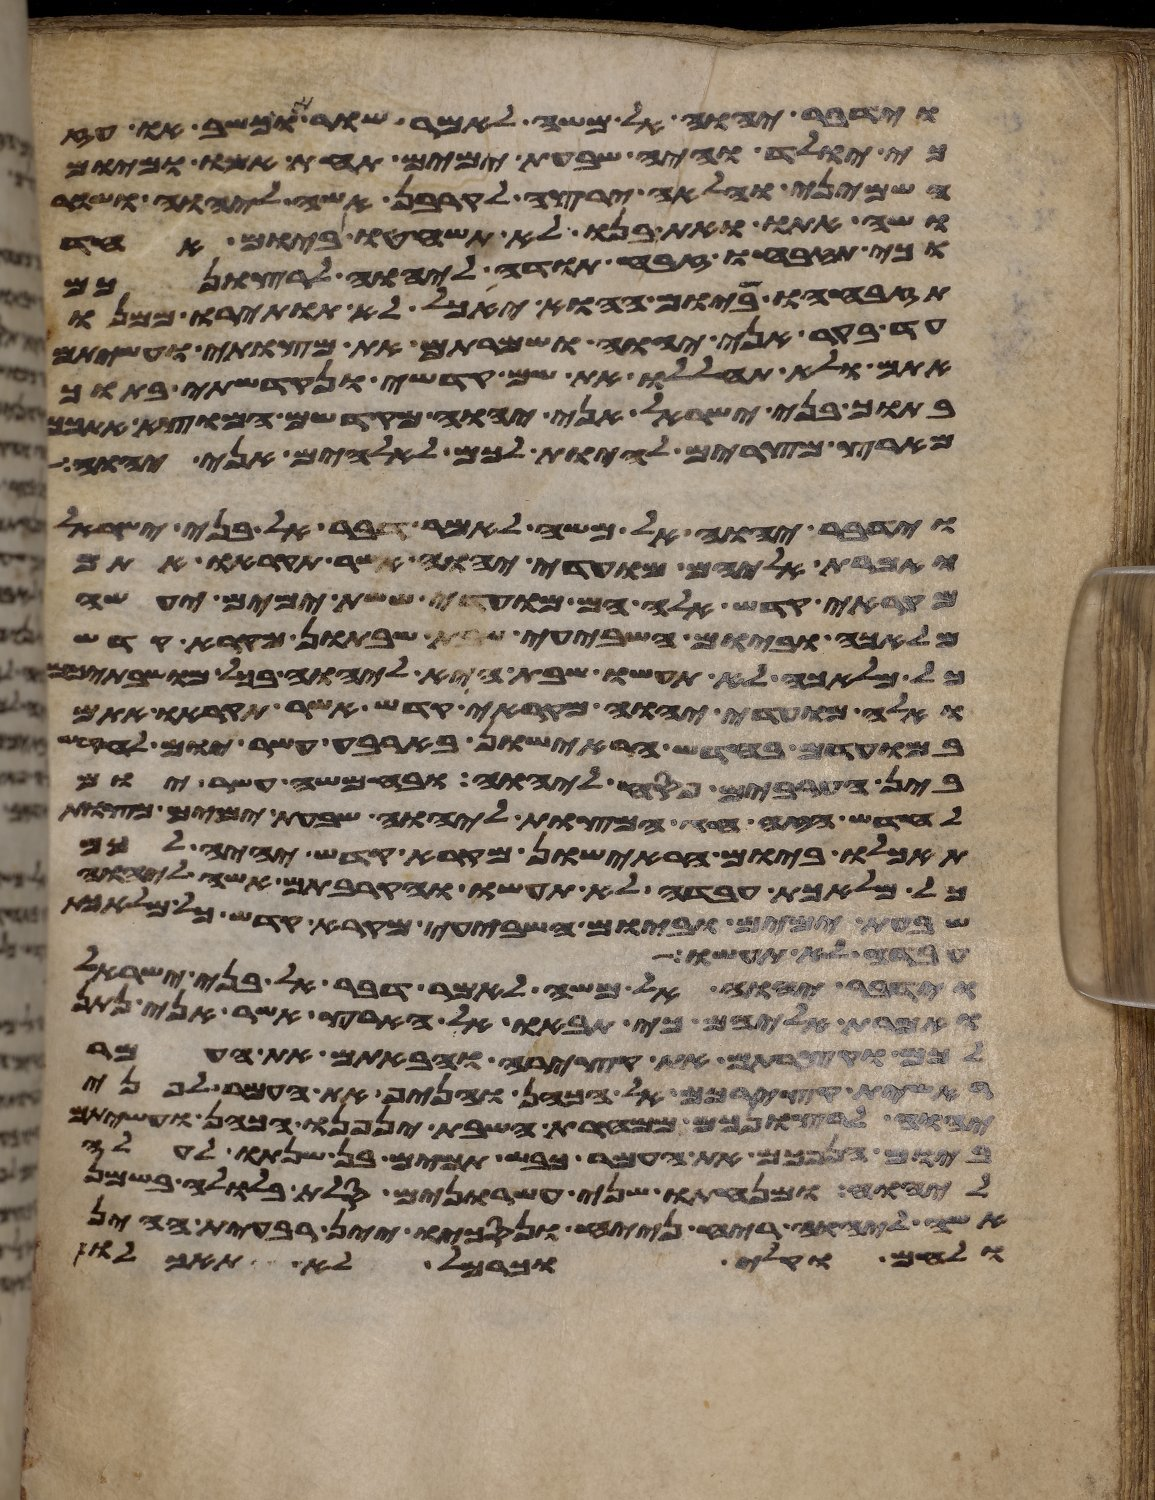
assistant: וידבר יהוה אל משה לאמר שור או כשב או עז
כי יולד והיה שבעת ימים תחת אמו ומיום
השמיני והלאה ירצה לקרבן אשה ליהוה ושור
ושה אתו ואת בנו לא תשחטו ביום אחד
וכי תזבחו זבח תודה ליהוה לרצונכם
תזבחהו ביום ההוא יאכל לא תותירו ממנו
עד בקר אני יהוה ושמרתם את מצותי ועשיתם
אתם ולא תחללו את שם קדשי ונקדשתי בתוך
בתוך בני ישראל אני יהוה מקדשם המוצא אתכם
מארץ מצרים להיות לכם לאלהים אני יהוה
וידבר יהוה אל משה לאמר דבר אל בני ישראל
ואמרת אליהם מועדי יהוה אשר תקראו אתם
מקראי קדש אלה הם מועדי ששת ימים יעשה
מלאכה וביום השביעי שבת שבתון מקרא קדש
ואלה מועדי יהוה מקראי קדש אשר תקראו אתם
במועדם בחדש הראישון בארבעה עשר יום לחדש
בין הערבים פסח ליהוה ובחמשה עשר יום
לחדש הזה חג המצות ליהוה שבעת ימים מצות
תאכלו ביום הראישון מקרא קדש יהיה לכם
כל מלאכת עבדה לא תעשו והקרבתם אשה ליהוה
שבעת ימים וביום השביעי מקרא קדש כל מלאכת
עבדה לא תעשו
וידבר יהוה אל משה לאמר דבר אל בני ישראל
ואמרת אליהם כי תבאו אל הארץ אשר אני נתן
לכם וקצרתם את קצירה והבאתם את העמר
ראשית קצירכם אל הכהן והניף את העמר לפני
יהוה לרצונכם ממחרת השבת יניפנו הכהן ועשיתם
ביום הנפכם את העמר כבש תמים בן שנתו לעלה
ליהוה ומנחתו שני עשרנים סלת בלולה בשמן
אשה ליהוה ריח ניחח ונסכו יין רביעית ההין
ולחם וקלי וכרמל לא תאכלו